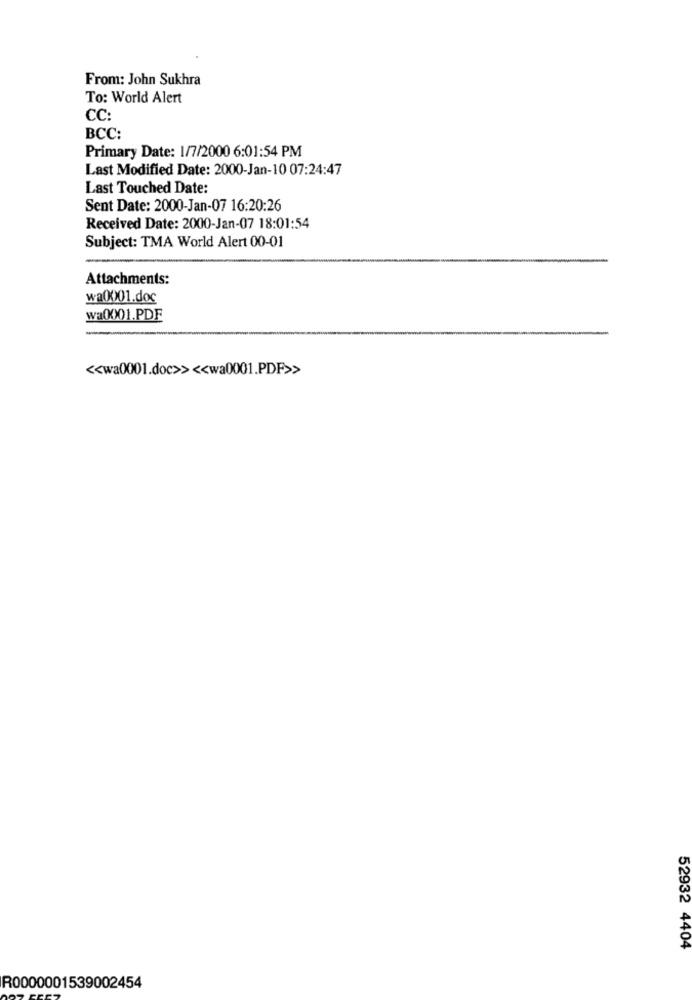
From: John Sukhra
To: World Alert
CC:
BCC:
Primary Date: 1/7/2000 6:01:54 PM
Last Modified Date: 2000-Jan-10 07:24:47
Last Touched Date:
Sent Date: 2000-Jan-07 16:20:26
Received Date: 2000-Jan-07 18:01:54
Subject: TMA World Alert 00-01
Attachments:
wa0001.doc
wa001.PDF
<< wa0001.doc>> << wa0001.PDF>>
52932 4404
R0000001539002454